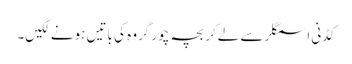
کڈنی اسمگلر سے لےکر بچہ چور گروہ کی باتیں ہونے لگیں۔